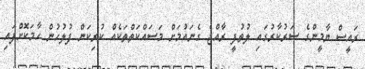
ރައީސް ޔާމީންގެ ސަރުކާރުގައި ލުތުފީ ރާއްޖެ ގެނައުމަށް މަސައްކަތްތަކެއް ކުރިކަން ފުލުހުން ހާމަކޮށްފައި